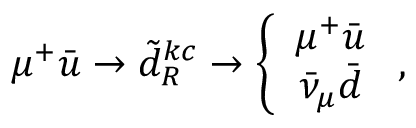
\mu ^ { + } \bar { u } \to \tilde { d } _ { R } ^ { k c } \to \left\{ \begin{array} { c } { { \mu ^ { + } \bar { u } } } \\ { { \bar { \nu } _ { \mu } \bar { d } } } \end{array} \right. ,